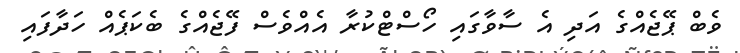
ވެބް ޕޭޖެއްގެ އަދި އެ ސާވާގައި ހޯސްޓްކުރާ އެއްވެސް ފޭޖެއްގެ ބެކަޕެއް ހަދާފައި